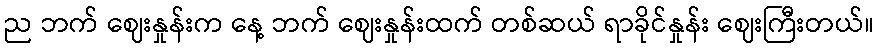
ည ဘက် ဈေးနှုန်းက နေ့ ဘက် ဈေးနှုန်းထက် တစ်ဆယ် ရာခိုင်နှုန်း ဈေးကြီးတယ်။